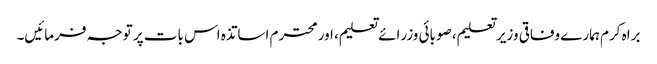
براہ کرم ہمارے وفاقی وزیر تعلیم، صوبائی وزرائے تعلیم، اور محترم اساتذہ اس بات پر توجہ فرمائیں۔